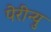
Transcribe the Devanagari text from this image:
पेरीन्यु